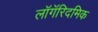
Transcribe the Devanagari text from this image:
लॉगॅरिदमिक